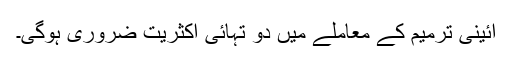
آئینی ترمیم کے معاملے میں دو تہائی اکثریت ضروری ہوگی۔